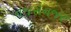
નજરોનજર